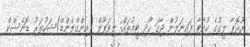
ޔޫރޮޕާ ލީގުގެ ކުއާޓާ ފައިނަލުން ޖާގަ ހޯދި ޓީމުތައް: ލިވަޕޫލް (އިންގްލެންޑް)ޝަހުތަރު ޑޮނެސްކް